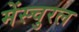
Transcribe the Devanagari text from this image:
मेंस्चुरल